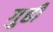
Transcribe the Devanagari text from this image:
गुही